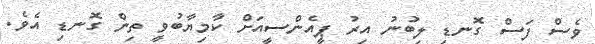
ވެސް ފަސް ގޮނޑި ލިބުނު އިރު ޕީއެންސީއަށް ކާމިޔާބުވީ ތިން ގޮނޑި އެވެ.